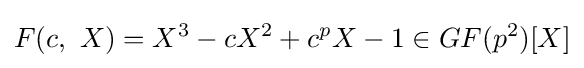
F(c,\ X)=X^{3}-cX^{2}+c^{p}X-1\in GF(p^{2})[X]